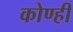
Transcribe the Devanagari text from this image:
कोण्ही